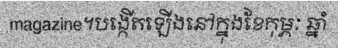
magazine។បង្កើតឡើងនៅក្នុងខែកុម្ភៈ ឆ្នាំ